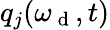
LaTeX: q_{j}(\omega_{\mathrm{~d~}},t)